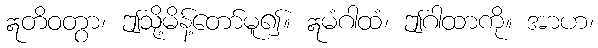
ဣတိဝတွာ၊ ဤသို့မိန့်တော်မူ၍။ ဣမံဂါထံ၊ ဤဂါထာကို။ အာဟ၊